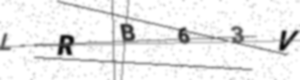
Text: LRB63V